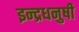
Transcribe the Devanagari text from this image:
इन्‍द्रधनुषी